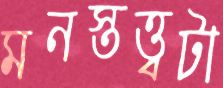
মনস্তত্ত্বটা